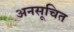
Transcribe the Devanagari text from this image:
अनसूचित